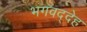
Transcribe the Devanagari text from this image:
भगवद्देह